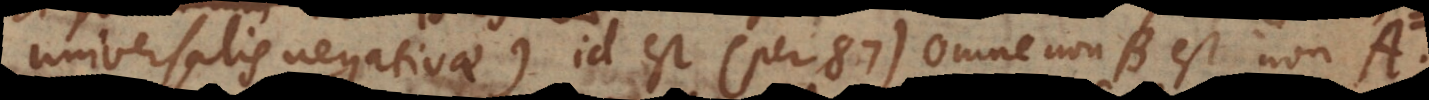
universalis negativae) id est (per 87) Omne non‐B est non‐A.